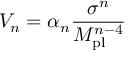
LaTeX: V _ { n } = \alpha _ { n } \frac { \sigma ^ { n } } { M _ { \mathrm { p l } } ^ { n - 4 } }